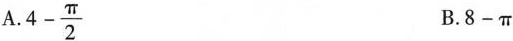
A.$$4 - \frac {π } { 2 }$$ B.$$8 - π$$